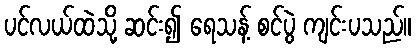
ပင်လယ်ထဲသို့ ဆင်း၍ ရေသန့် စင်ပွဲ ကျင်းပသည်။